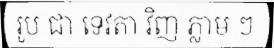
រូប ជា ទេវតា វិញ ភ្លាម ៗ